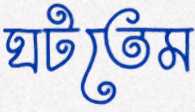
ঘটতেম